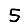
Digit: 5